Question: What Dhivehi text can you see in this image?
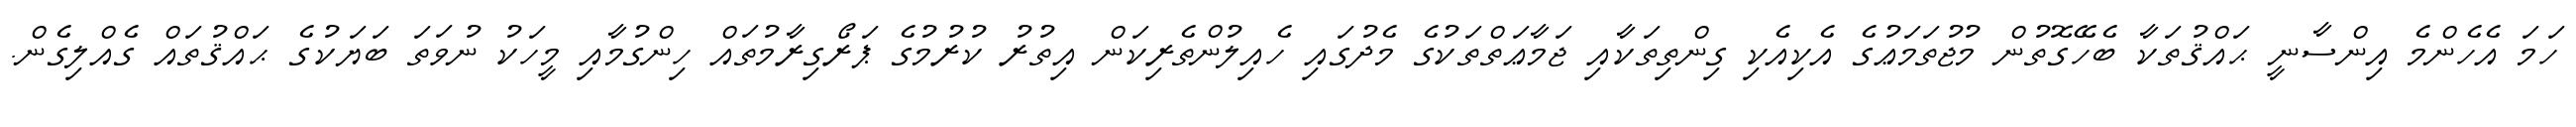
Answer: ހަމަ އެހެންމެ އިންސާނީ ޙައްޤުތަކާ ބެހޭގޮތުން މުޖުތަމަޢުގެ އެކިއެކި ގިންތިތަކާއި ޖަމާޢަތްތަކުގެ މެދުގައި ހެއިލުންތެރިކަން އިތުރު ކުރުމުގެ ޕަރޯގިރާމުތައް ހިންގުމާއި މީހަކު ނުވަތަ ބަޔަކުގެ ޙައްޤުތައް ގެއްލިގެން.